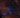
الآن